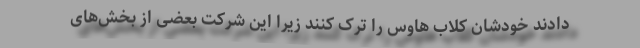
دادند خودشان کلاب هاوس را ترک کنند زیرا این شرکت بعضی از بخش‌های